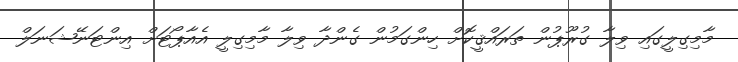
މާމިގިލީގައި ވިލާ ގުރޫޕުން ތަރައްޤީކޮށް ހިންގަމުން ގެންދާ ވިލާ މާމިގިލީ އެއާޕޯޓަށް އިންޓަނޭޝަނަލް